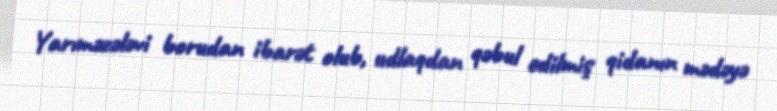
Yarıməzələvi borudan ibarət olub, udlaqdan qəbul edilmiş qidanın mədəyə